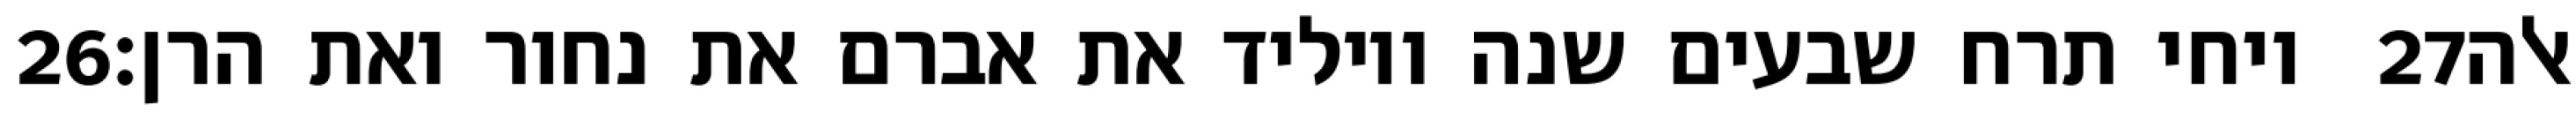
‎26‏ ויחי תרח שבעים שנה ויוליד את אברם את נחור ואת הרן׃ ‎27‏ אלה